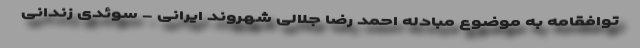
توافقامه به موضوع مبادله احمد رضا جلالی شهروند ایرانی - سوئدی زندانی